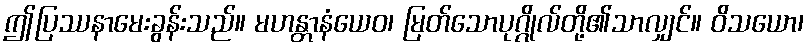
ဤပြဿနာမေးခွန်းသည်။ မဟန္တာနံယေဝ၊ မြတ်သောပုဂ္ဂိုလ်တို့၏သာလျှင်။ ဝိသယော၊